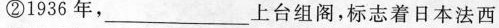
②1936年，___上台组阁，标志着日本法西